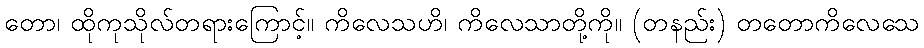
တော၊ ထိုကုသိုလ်တရားကြောင့်။ ကိလေသဟိ၊ ကိလေသာတို့ကို။ (တနည်း) တတောကိလေသေ